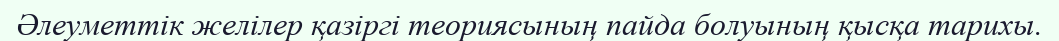
Әлеуметтік желілер қазіргі теориясының пайда болуының қысқа тарихы.